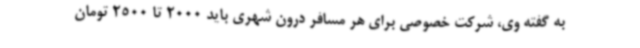
به گفته وی، شرکت خصوصی برای هر مسافر درون شهری باید 2000 تا 2500 تومان